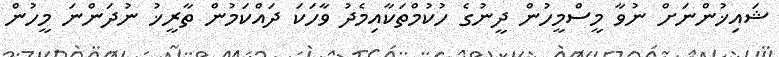
ޝައިޚުންނަށް ނުވާ މީސްމީހުން ދީނުގެ ހުކުމްތަކާއިމެދު ވާހަކަ ދައްކަމުން ތާރީޚު ނުދަންނަ މީހުން